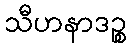
သီဟနာဒဉ္စ